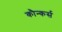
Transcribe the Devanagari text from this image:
कौन्कर्स